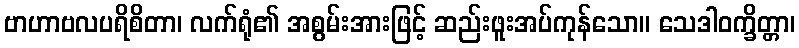
ဗာဟာဗလပရိစိတာ၊ လက်ရုံ၏ အစွမ်းအားဖြင့် ဆည်းဖူးအပ်ကုန်သော။ သေဒါဝက္ခိတ္တာ၊